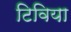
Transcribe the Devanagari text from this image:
टिविया